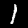
Digit: 1